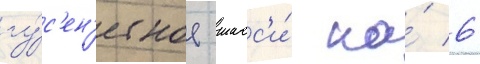
гу́с'ен'ичное шасс'и́ на́ 6